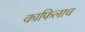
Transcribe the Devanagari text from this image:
काफिलाच